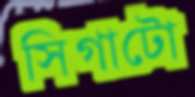
সিগাটো